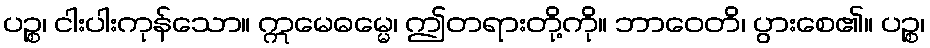
ပဉ္စ၊ ငါးပါးကုန်သော။ ဣမေဓမ္မေ၊ ဤတရားတို့ကို။ ဘာဝေတိ၊ ပွားစေ၏။ ပဉ္စ၊